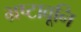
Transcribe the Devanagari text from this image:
भ्रष्टावूनि